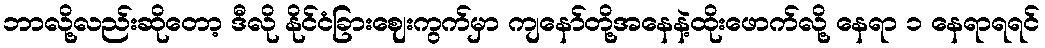
ဘာလို့လည်းဆိုတော့ ဒီလို နိုင်ငံခြားဈေးကွက်မှာ ကျနော်တို့အနေနဲ့ထိုးဖောက်လို့ နေရာ ၁ နေရာရရင်